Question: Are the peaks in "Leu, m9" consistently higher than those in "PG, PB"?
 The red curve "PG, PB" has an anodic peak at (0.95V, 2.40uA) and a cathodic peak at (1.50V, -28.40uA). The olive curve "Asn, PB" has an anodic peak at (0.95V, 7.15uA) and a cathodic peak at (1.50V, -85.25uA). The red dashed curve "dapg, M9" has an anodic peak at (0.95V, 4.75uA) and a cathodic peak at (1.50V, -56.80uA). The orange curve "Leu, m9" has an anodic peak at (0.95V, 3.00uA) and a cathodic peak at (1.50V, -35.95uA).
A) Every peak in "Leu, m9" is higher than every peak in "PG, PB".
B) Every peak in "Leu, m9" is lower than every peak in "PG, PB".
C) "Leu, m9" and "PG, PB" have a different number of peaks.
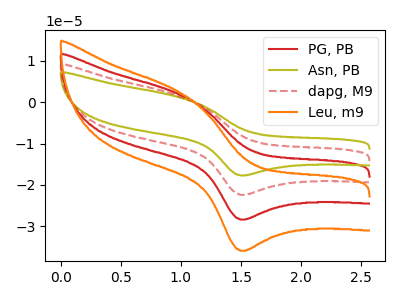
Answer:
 <answer>A) Every peak in "Leu, m9" is higher than every peak in "PG, PB".</answer>
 <eval>A</eval>